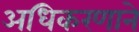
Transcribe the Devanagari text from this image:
अधिकरणाने